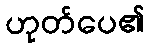
ဟုတ်ပေ၏